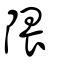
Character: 隈